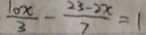
\frac { 1 0 x } { 3 } - \frac { 2 3 - 2 x } { 7 } = 1